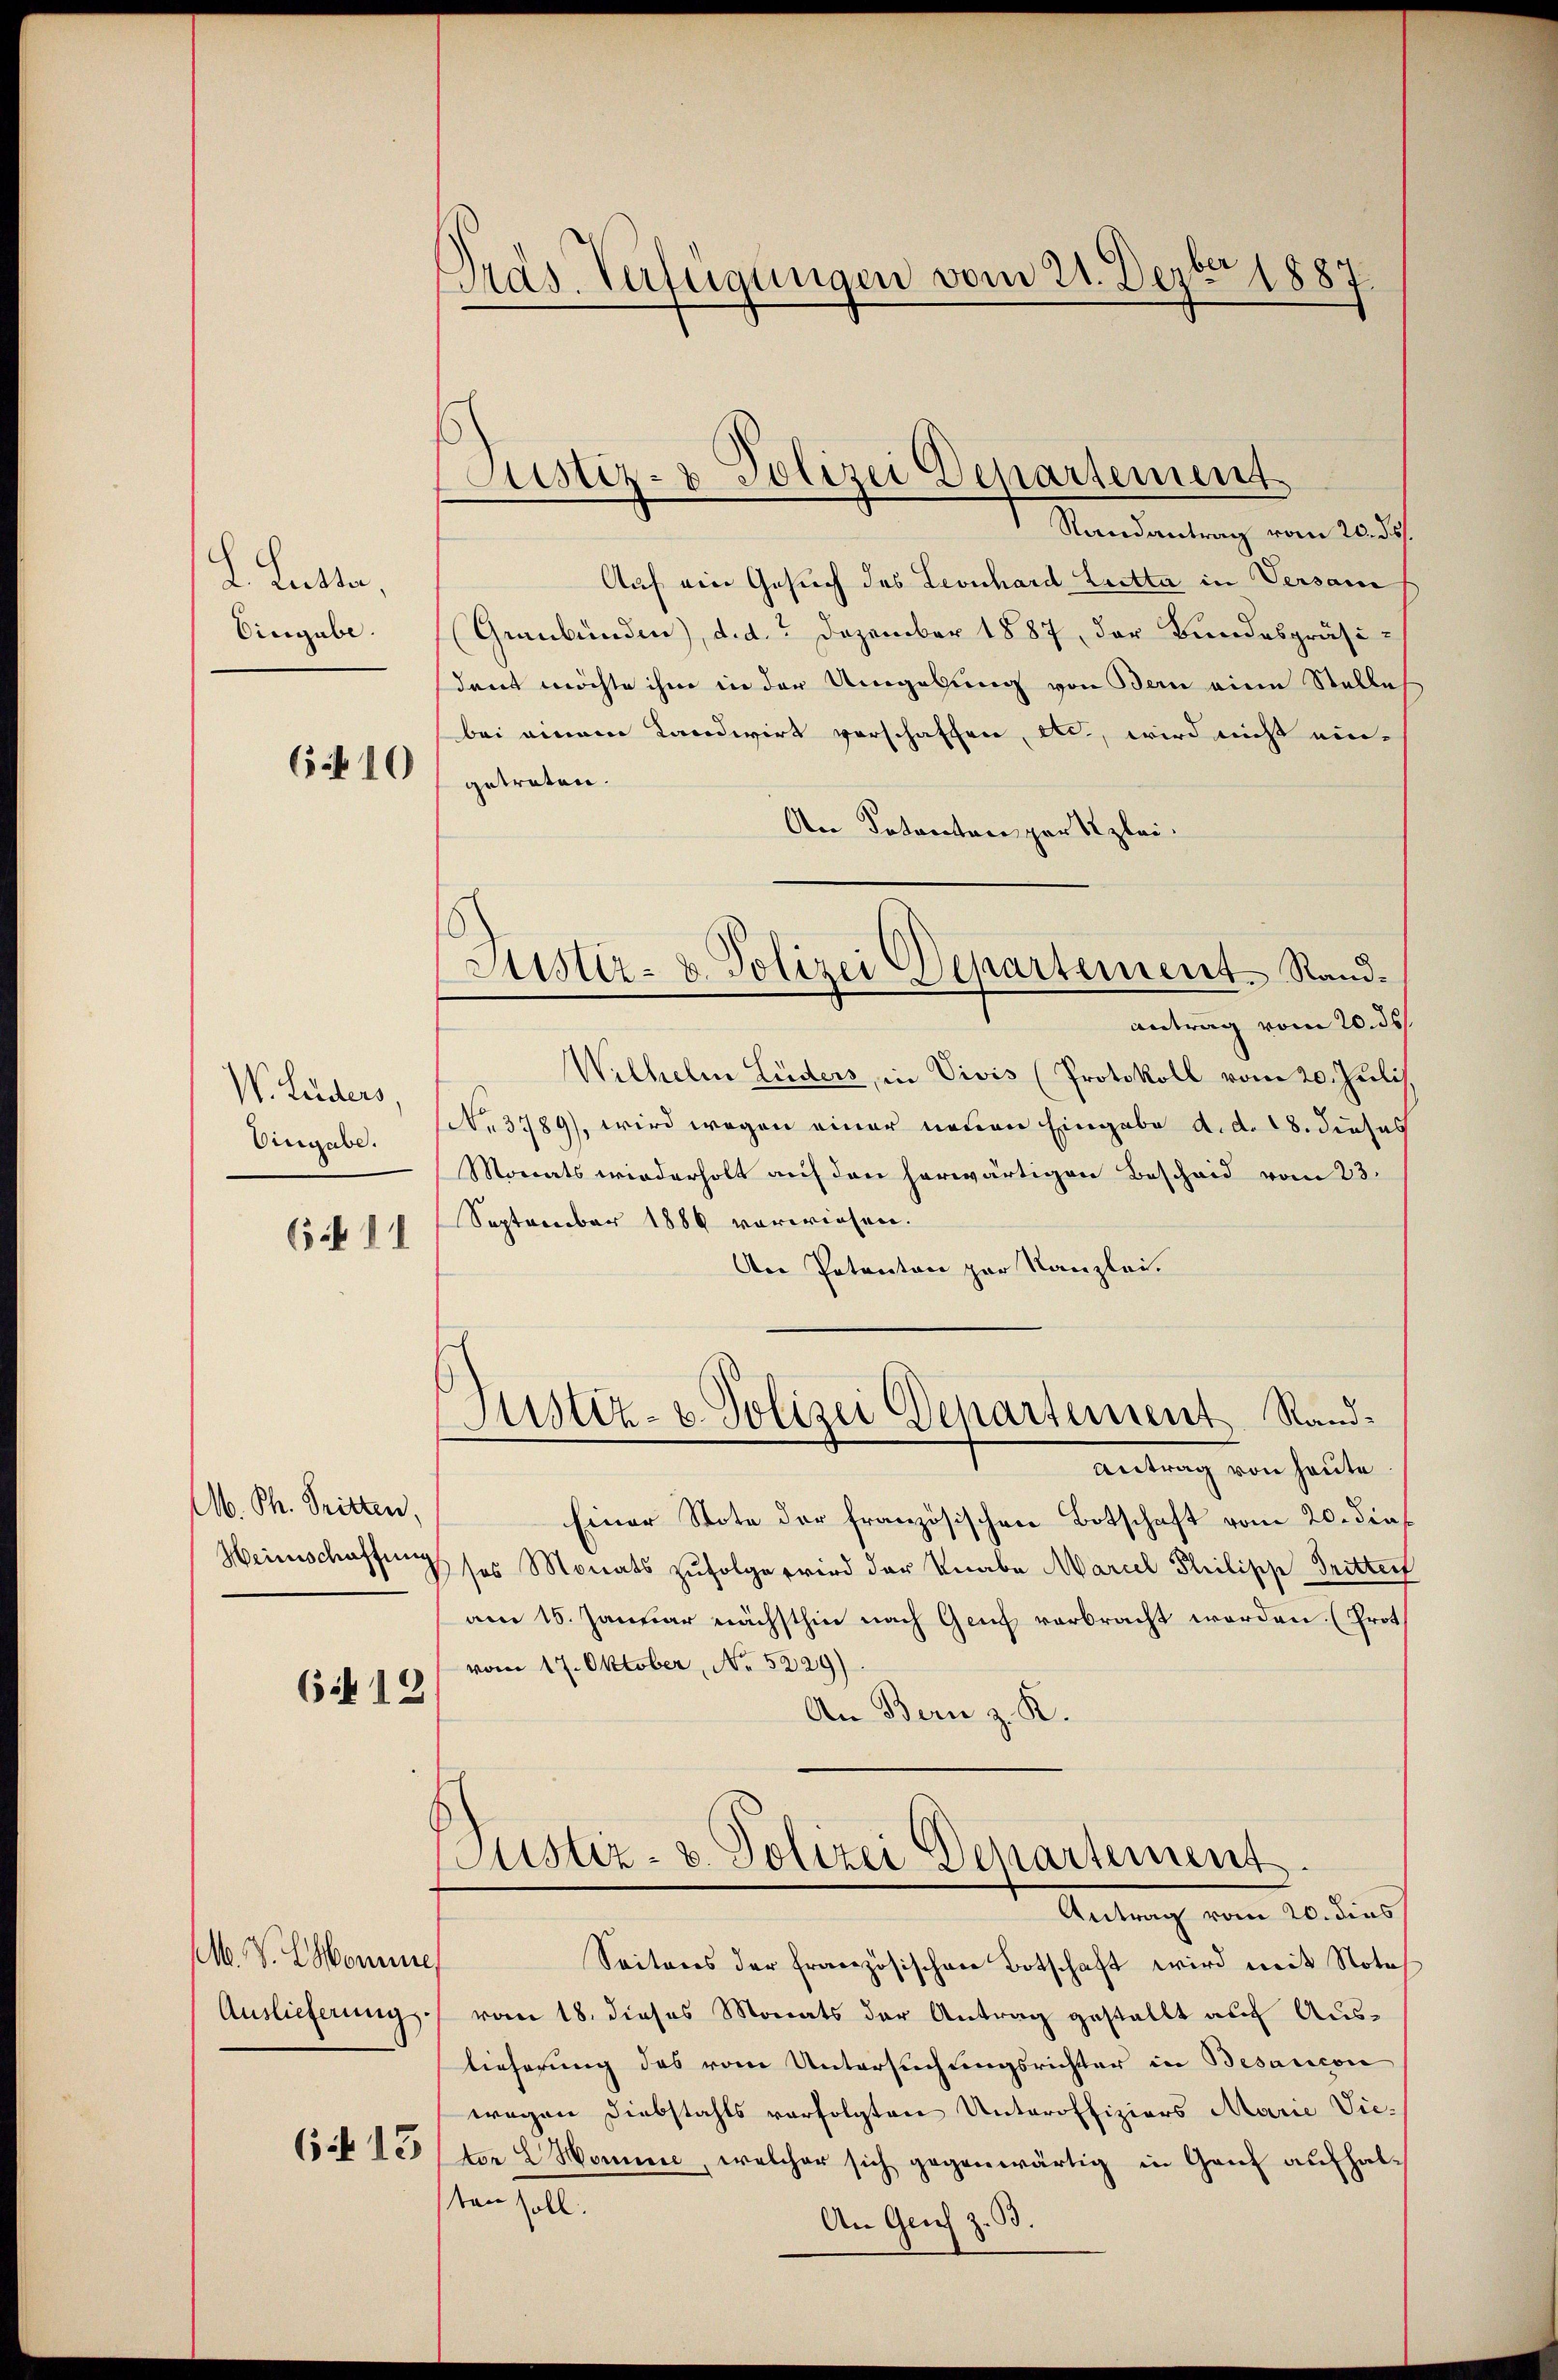
L. Lette,
Eingabe.

6 f 10

W. Lüders,
Eingabe.
6411

Ab. Ph. Tritten,
Heinschaffung

6412

M. V. Comune,

Gras Verfügungen vom 21. Dezbr 1887

Justiz- & Polizei Departement

Randantrag vom 20. ds.
Auf ein Gesuch des Leonhard Loetta in Versam
(Graubünden), d. d. Dezember 1887, der Bundespräsidant möchte ihm in der Umgebung von Bern eine Stelles
bei einem Landwirt vorschaffen, etc., wird nicht eingetreten.
An Dotanton par leiantrag vom 20. ds.
Wilhelm Lüders, in Vivis (Protokoll vom 20. Juli
(No. 3789), wird wegen einer neuen Eingabe d. d. 18. dieses
Monats wiederholt auf den herwärtigen Bescheid vom 23.
September 1886 verwiesen.
An Potanton zur Kanzlei.
Justiz- u. Polizei Departement Rand¬
Antrag von heute
Einer Stote der französischen Botschaft vom 20. dies
ses Monats zufolge wird der Knabe Marcel Philipp Dritter
am 15. Januar nächsthin nach Genf verbracht worden. (Prot
vom 17. Oktober, No 5229)
An Bern z. K.
Justiz- u. Polizei Departement.
Antrag vom 20. dies
Seitens der Französischen Botschaft wird mit Note
Auslieferungs- vom 18. dieses Monats der Antrag gestellt auf Auslieferung des vom Untersuchungsrichter in Besaucon
wegen Diebstahls verfolgten Unteroffiziers Marie Vie¬
15. 15ten 2 Homine, welcher sich gegenwärtig in Ganz aufhalten soll.
An Genf z. B.

Fister- u. Polizei Departement Rand¬